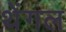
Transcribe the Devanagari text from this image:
थेंगल